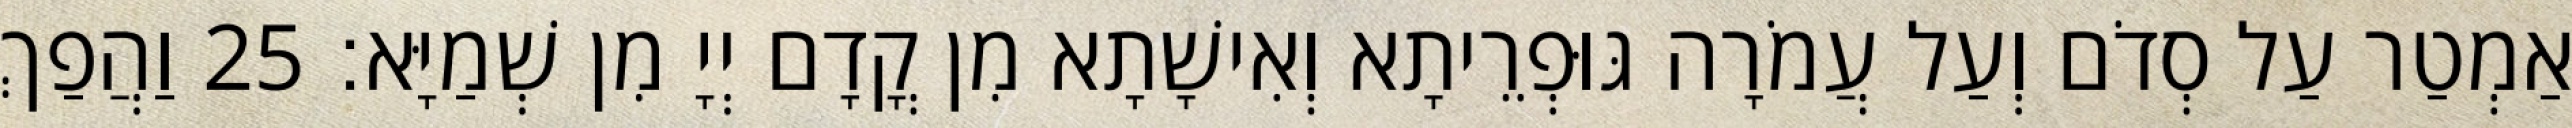
אַמְטַר עַל סְדֹם וְעַל עֲמֹרָה גּוּפְרֵיתָא וְאִישָׁתָא מִן קֳדָם יְיָ מִן שְׁמַיָּא׃ 25 וַהֲפַךְ